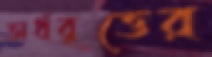
অর্ধবৃত্তের